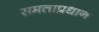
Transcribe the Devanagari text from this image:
समताप्रधान